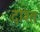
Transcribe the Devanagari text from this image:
दाश्त